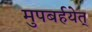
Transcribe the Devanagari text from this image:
मुपबर्हयेत्